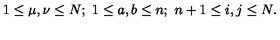
1 \leq \mu , \nu \leq N ; \ 1 \leq a , b \leq n ; \ n + 1 \leq i , j \leq N .